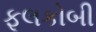
ફૂલકોબી